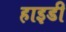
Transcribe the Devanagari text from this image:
हाइडी